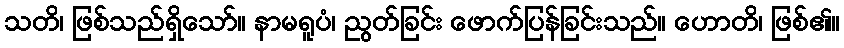
သတိ၊ ဖြစ်သည်ရှိသော်။ နာမရူပံ၊ ညွတ်ခြင်း ဖောက်ပြန်ခြင်းသည်။ ဟောတိ၊ ဖြစ်၏။